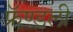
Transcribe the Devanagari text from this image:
फ्रॅण्डली